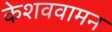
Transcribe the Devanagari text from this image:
केशववामन